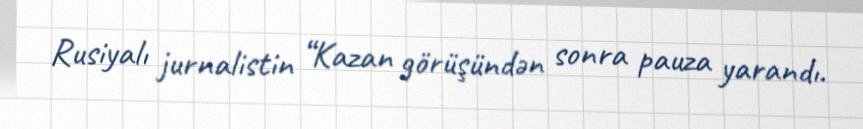
Rusiyalı jurnalistin “Kazan görüşündən sonra pauza yarandı.